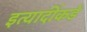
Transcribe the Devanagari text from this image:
इत्यादींकडे